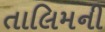
તાલિમની